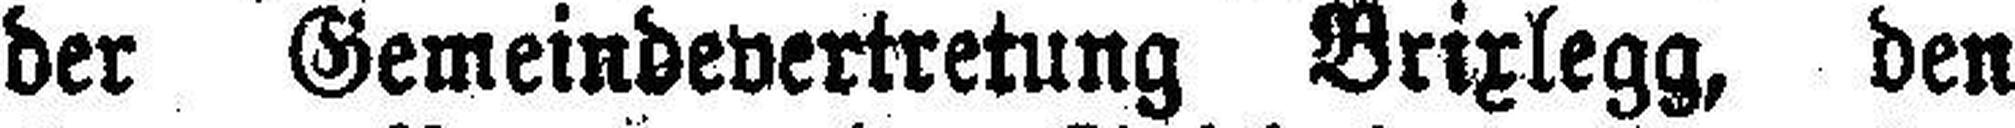
der Gemeindevertretung Brixlegg, den